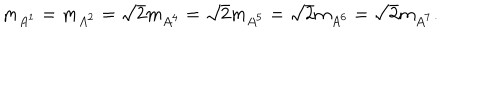
m _ { A ^ { 1 } } = m _ { A ^ { 2 } } = \sqrt { 2 } m _ { A ^ { 4 } } = \sqrt { 2 } m _ { A ^ { 5 } } = \sqrt { 2 } m _ { A ^ { 6 } } = \sqrt { 2 } m _ { A ^ { 7 } } .